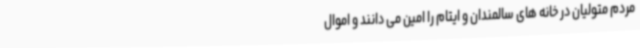
مردم متولیان در خانه های سالمندان و ایتام را امین می دانند و اموال